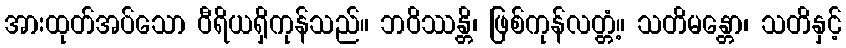
အားထုတ်အပ်သော ဝီရိယရှိကုန်သည်။ ဘဝိဿန္တိ၊ ဖြစ်ကုန်လတ္တံ့။ သတိမန္တော၊ သတိနှင့်